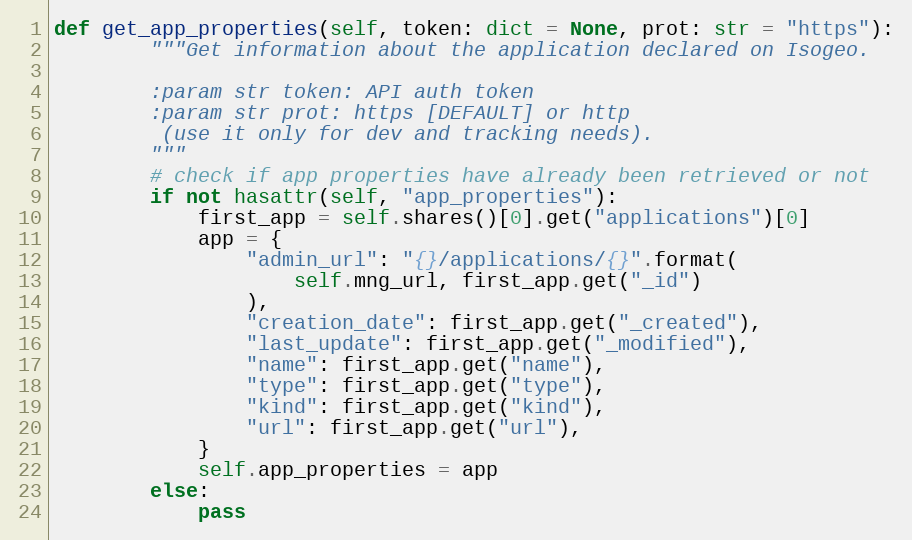
Language: Python
def get_app_properties(self, token: dict = None, prot: str = "https"):
        """Get information about the application declared on Isogeo.

        :param str token: API auth token
        :param str prot: https [DEFAULT] or http
         (use it only for dev and tracking needs).
        """
        # check if app properties have already been retrieved or not
        if not hasattr(self, "app_properties"):
            first_app = self.shares()[0].get("applications")[0]
            app = {
                "admin_url": "{}/applications/{}".format(
                    self.mng_url, first_app.get("_id")
                ),
                "creation_date": first_app.get("_created"),
                "last_update": first_app.get("_modified"),
                "name": first_app.get("name"),
                "type": first_app.get("type"),
                "kind": first_app.get("kind"),
                "url": first_app.get("url"),
            }
            self.app_properties = app
        else:
            pass